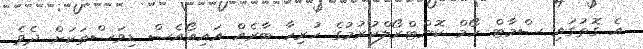
އެ ގޮތުގައި ސްމާޓް ހޯމް ކޮންޓްރޯލްކުރުމުގެ ހުރިހާ ބާރެއް އައިއޯއެސް ޑިވަސްތަކަށް ދެވެ